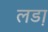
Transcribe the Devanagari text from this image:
लडा़